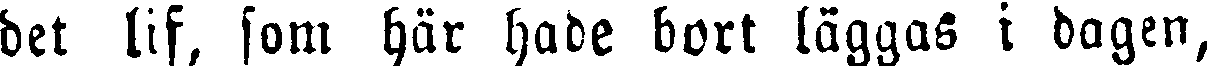
det lif, som här hade bort läggas i dagen,